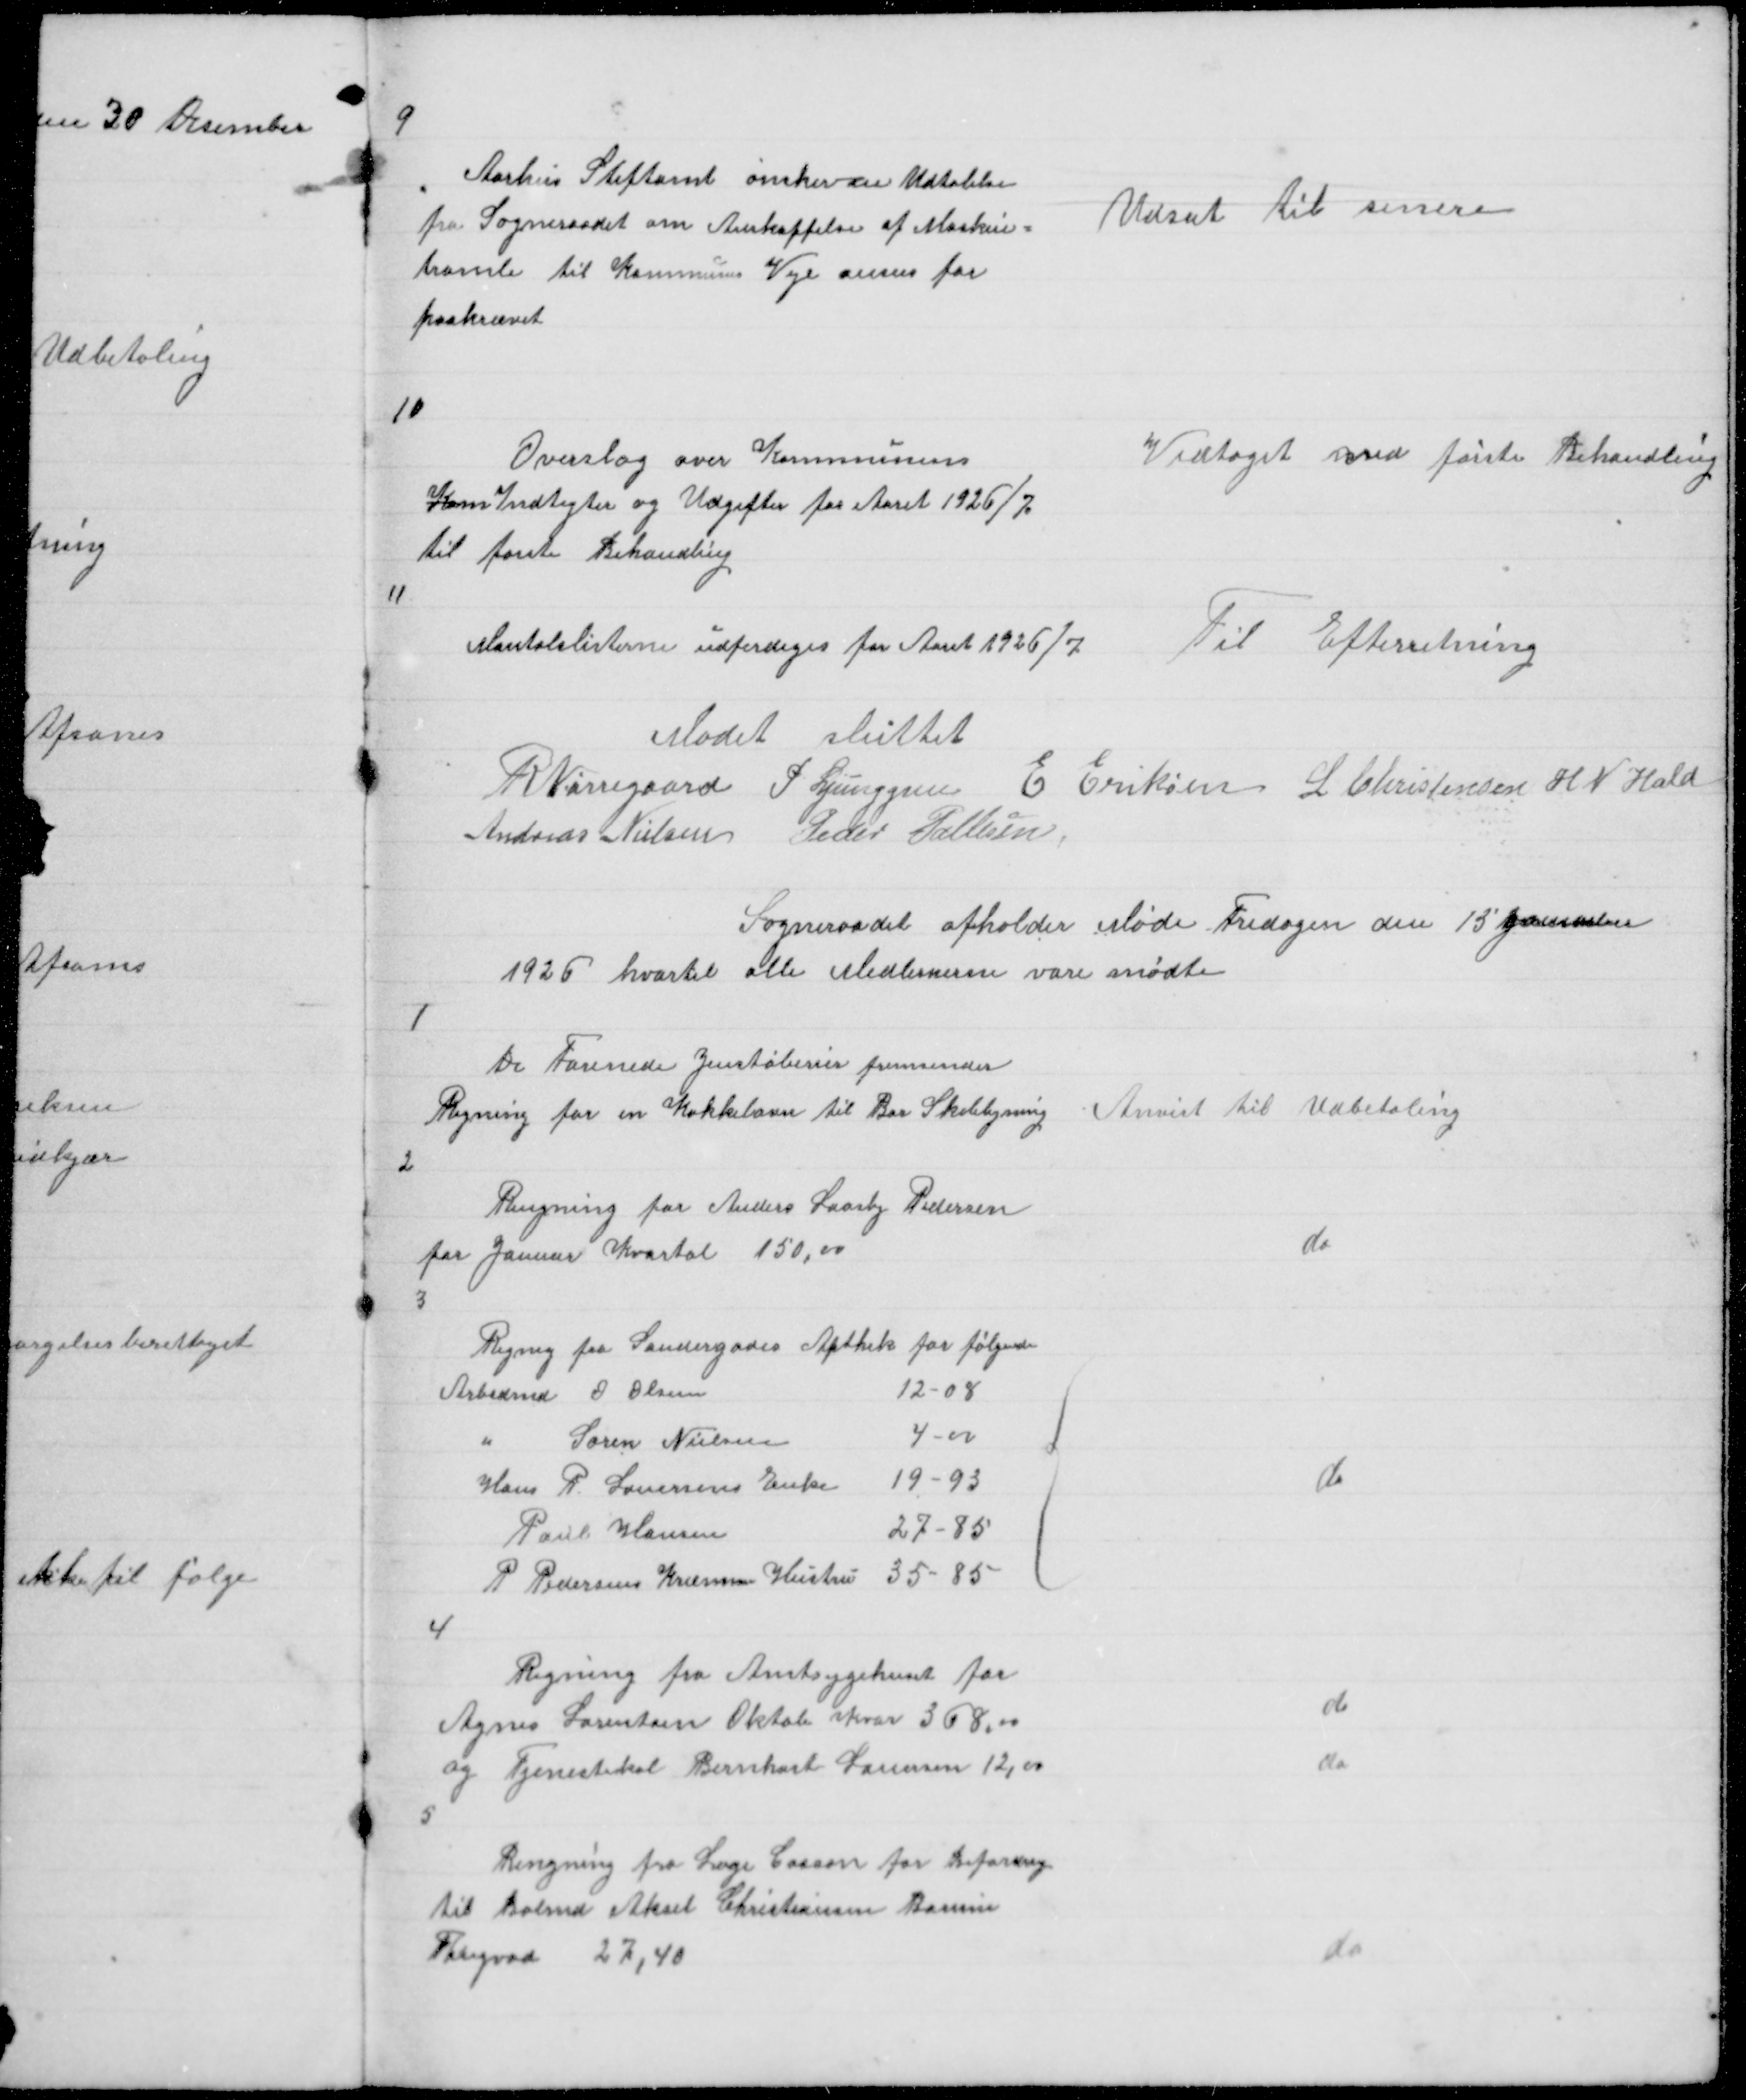
Transskription:
9

Aarhus Stiftamt ønsker en Udtalelse
fra Sogneraadet om Anskaffelse af Maskin =
tromle til Kommunens Veje anses for
paakrævet

Udsat til senere

10

Overslag over Kommunens
Kom Indtegter og Udgifter for Aaret 1926/7
til første Behandling

Vedtaget ved første Behandling

11

Mantalslisterne udferdiges for Aaret 1926/7

Til Efterretning

Mødet sluttet
R Nørregaard P Ljunggren E Eriksen L Christensen H N Hald
Andreas Nielsen Peder Pallesen

Sogneraadet afholder Møde Fredagen den 15 Januar
1926 hvortil alle Medlemerne vare mødte

1

De Forenede Jenstøberier fremsender
Regning for en Kakkelovn til Bor Skolebygning

Anvist til Udbetaling

2
Rengning for Anders Laasby Pedersen
for Januar Kvartal 150,00
3

do

{

do

4

Regning fra Amtsygehuset for
Agnes Lorentsen Oktob Kvar 368,00
og Tjenestekal Bernhard Lauersen 12,00

do
do

5

Rengning fra Læge Casson for Befordring
til Bolmd Aksel Christiansen Borum
Tingvad 27,40

do